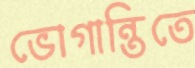
ভোগান্তিতে